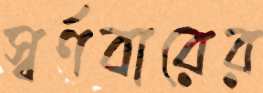
স্বর্ণবারের